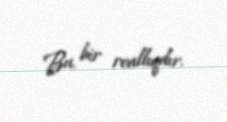
Bu, bir reallıqdır.